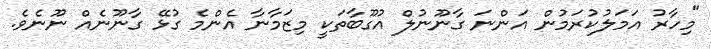
"މިހާރު އަމަލުކުރަމުން އަންނަ ގާނޫނުލް އުގޫބާތަކީ މިޒަމާނާ އެންމެ ގުޅޭ ގާނޫނެއް ނޫނެވެ.